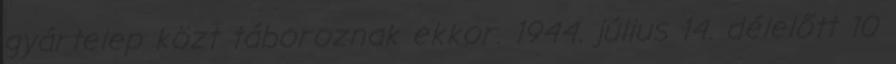
gyártelep közt táboroznak ekkor. 1944. július 14. délelőtt 10